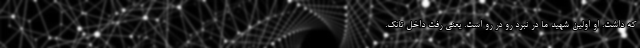
که داشت. او اولین شهید ما در نبرد رو در رو است. یعنی رفت داخل تانک.